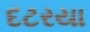
દટરયા